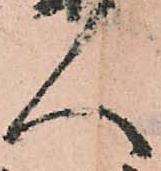
人